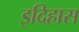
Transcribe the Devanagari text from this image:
इदिहास